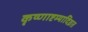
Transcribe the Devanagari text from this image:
कृष्णाष्टम्यादिव्रत